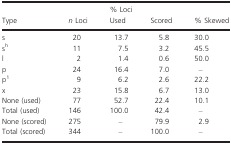
<table><thead><tr><td rowspan="2"><b>Type</b></td><td rowspan="2"><b><i>n</i> Loci</b></td><td colspan="2"><b>% Loci</b></td><td rowspan="2"><b>% Skewed</b></td></tr><tr><td><b>Used</b></td><td><b>Scored</b></td></tr></thead><tbody><tr><td>s</td><td>20</td><td>13.7</td><td>5.8</td><td>30.0</td></tr><tr><td>s<sup>h</sup></td><td>11</td><td>7.5</td><td>3.2</td><td>45.5</td></tr><tr><td>l</td><td>2</td><td>1.4</td><td>0.6</td><td>50.0</td></tr><tr><td>p</td><td>24</td><td>16.4</td><td>7.0</td><td>–</td></tr><tr><td>p1</td><td>9</td><td>6.2</td><td>2.6</td><td>22.2</td></tr><tr><td>x</td><td>23</td><td>15.8</td><td>6.7</td><td>13.0</td></tr><tr><td>None (used)</td><td>77</td><td>52.7</td><td>22.4</td><td>10.1</td></tr><tr><td>Total (used)</td><td>146</td><td>100.0</td><td>42.4</td><td>–</td></tr><tr><td>None (scored)</td><td>275</td><td>–</td><td>79.9</td><td>2.9</td></tr><tr><td>Total (scored)</td><td>344</td><td>–</td><td>100.0</td><td>–</td></tr></tbody></table>